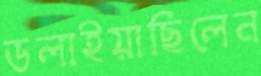
ডলাইয়াছিলেন